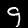
Digit: 9